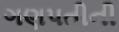
ગણપતીની